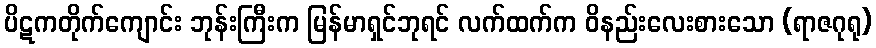
ပိဋကတိုက်ကျောင်း ဘုန်းကြီးက မြန်မာရှင်ဘုရင် လက်ထက်က ဝိနည်းလေးစားသော (ရာဇဂုရု)